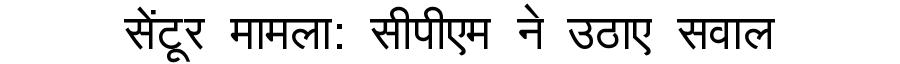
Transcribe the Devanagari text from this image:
सेंटूर मामला: सीपीएम ने उठाए सवाल